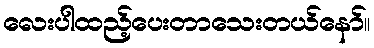
လေးပါထည့်ပေးတာသေးတယ်နော်။